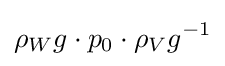
\rho _{W}{g}\cdot p_{0}\cdot \rho _{V}{g^{-1}}